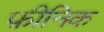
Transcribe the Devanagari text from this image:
फ़ीनिक